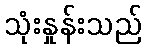
သုံးနှုန်းသည်